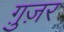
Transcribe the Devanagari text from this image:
ग़ुज़र